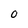
Character: 0